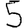
Digit: 5